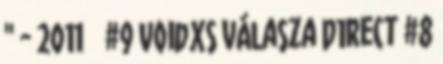
" - 2011 జ్ఞా #9 VoidXs válasza D1Rect #8